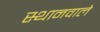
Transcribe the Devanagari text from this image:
स्थानवाले